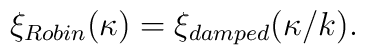
\xi_{Robin}(\kappa) = \xi_{damped}(\kappa/k).